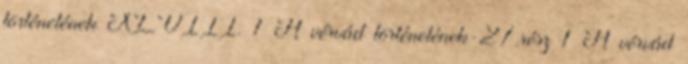
történetének XLVIII. 1 A vérvád történetének-27.rész 1 A vérvád